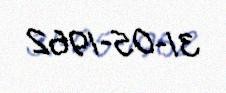
31-05-1962